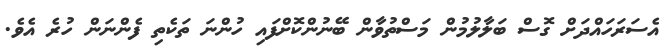
އެސަރަހައްދަށް ގޮސް ބަލާލުމުން މަސްތުވާން ބޭނުންކޮށްފައި ހުންނަ ތަކެތި ފެންނަން ހުރެ އެވެ.